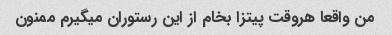
من واقعا هروقت پیتزا بخام از این رستوران میگیرم ممنون